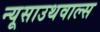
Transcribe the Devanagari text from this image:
न्यूसाउथवाल्स